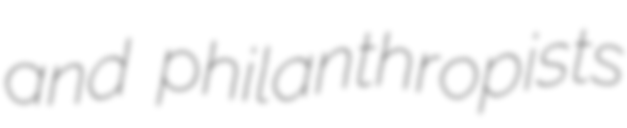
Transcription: and philanthropists